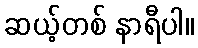
ဆယ့်တစ် နာရီပါ။